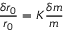
\frac { \delta r _ { 0 } } { r _ { 0 } } = K \frac { \delta m } { m }